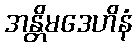
အန္တိမဒေဟိနံ